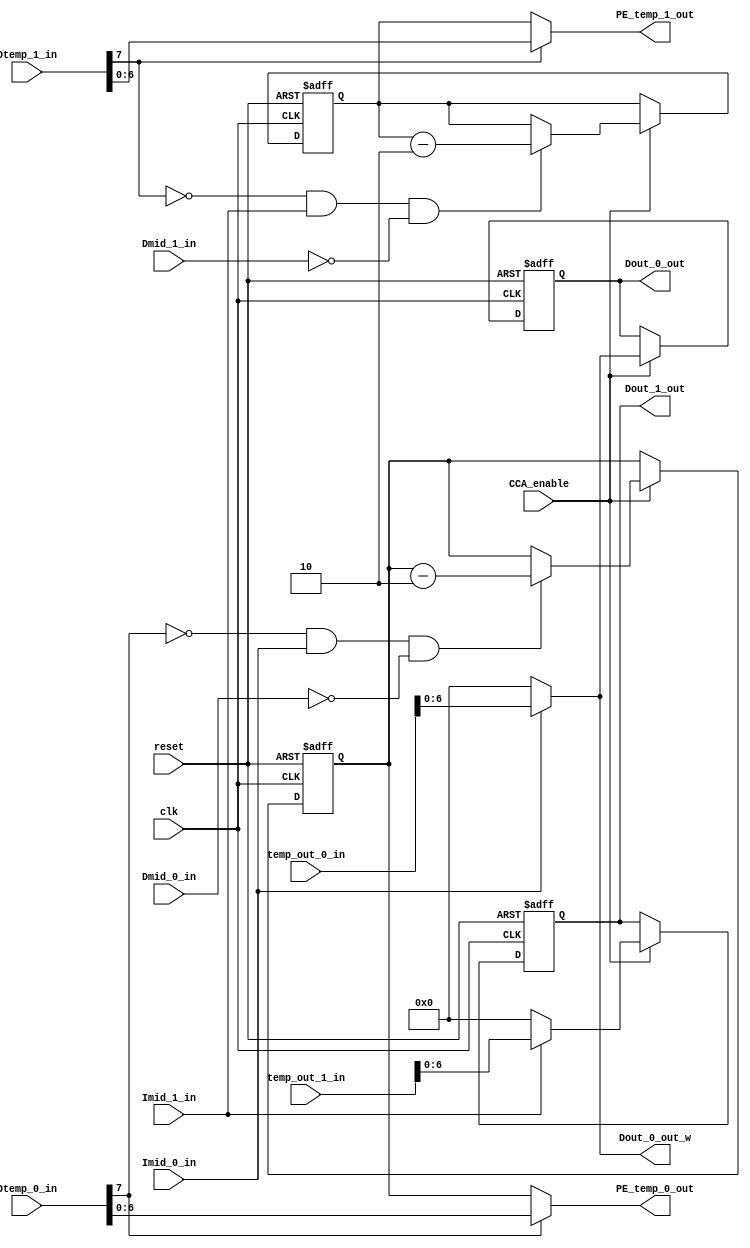
module CCA(clk, reset, 
           Imid_0_in, Imid_1_in, //segmentation in
           Dmid_0_in, Dmid_1_in, Dtemp_0_in, //data in (7 bits)
           Dout_0_out, //OUTPUT
           PE_temp_0_out, temp_out_0_in, Dtemp_1_in, //aluhjp
           Dout_1_out, //OUTPUT
           PE_temp_1_out, temp_out_1_in, Dout_0_out_w, //aluhjp
           CCA_enable);
   input             clk, reset;
   input             CCA_enable;
   input    [15:0]   Dtemp_0_in;
   input             Imid_0_in, Imid_1_in;
   
   //input    [6:0]    PE_temp_0_out;
   input    [15:0]   temp_out_0_in;
   input    [15:0]   Dtemp_1_in;
   input    [6:0]    Dmid_0_in, Dmid_1_in;
   
   //input    [6:0]    PE_temp_1_out;
   input    [15:0]   temp_out_1_in;
   
   output   [6:0]    Dout_0_out_w, Dout_0_out, Dout_1_out;
   output   [6:0]    PE_temp_0_out, PE_temp_1_out;
/*   input             Iup, Ileft, Imid;
   input    [6:0]    Dup, Dleft, Dmid;
   input    [15:0]   Dtemp_in, temp_out_in;
   output   [6:0]    Dout;
   output   [6:0]    PE_temp_out;
*/   
   
   wire     [15:0]   Dtemp_0_w;
   wire     [6:0]    PE_temp_0_w;
   wire     [6:0]    PE_Count_0_w;
   wire     [15:0]   temp_out_0_w;
   wire     [6:0]    Dout_0_w;
   wire     [15:0]   Dtemp_1_w;
   wire     [6:0]    PE_temp_1_w;
   wire     [15:0]   temp_out_1_w;
   wire     [6:0]    Dout_1_w;
   wire     [6:0]    PE_Count_1_w;
   
   //reg               Iup_r, Ileft_r, Imid_r;
   //reg      [6:0]    Dup_r, Dleft_r, Dmid_r;
   reg      [6:0]    Dout_0_r, Dout_1_r;
   reg      [6:0]    PE_Count_0_r, PE_Count_1_r;
   
   
   
   
   assign Dout_0_out = Dout_0_r;
   assign Dout_1_out = Dout_1_r;
   assign PE_Count_0_w = (Dtemp_0_w[7] == 1'b0 && Imid_0_in == 1'b1 && Dmid_0_in == 7'd0) ? PE_Count_0_r - 7'd2 : PE_Count_0_r;
   assign PE_Count_1_w = (Dtemp_1_w[7] == 1'b0 && Imid_1_in == 1'b1 && Dmid_1_in == 7'd0) ? PE_Count_1_r - 7'd2 : PE_Count_1_r;
   assign PE_temp_0_w = (Dtemp_0_w[7] == 1'b1) ? Dtemp_0_w[6:0] : PE_Count_0_r;
   assign Dout_0_w = (Imid_0_in == 1'b1)? temp_out_0_w[6:0] : 6'd0;
   assign temp_out_0_w = temp_out_0_in;
   assign Dtemp_0_w = Dtemp_0_in;
   assign PE_temp_0_out = PE_temp_0_w;
   assign PE_temp_1_out = PE_temp_1_w;
   
   assign PE_temp_1_w = (Dtemp_1_w[7] == 1'b1) ? Dtemp_1_w[6:0] : PE_Count_1_r;
   assign Dout_1_w = (Imid_1_in == 1'b1)? temp_out_1_w[6:0] : 6'd0;
   assign temp_out_1_w = temp_out_1_in;
   assign Dtemp_1_w = Dtemp_1_in;
   assign Dout_0_out_w = Dout_0_w;
   
/*    //ALUkN
   ALU a0(.clk(clk), 
          .reset(reset), 
          .data_1_in({Iup_r, Dup_r}), 
          .data_2_in({Ileft_r, Dleft_r}), 
          .input_select(1'b0), 
          .selector(4'd9), 
          .data_out(Dtemp_w), 
          .ALU_enable(CCA_enable)
          );
          
   ALU a1(.clk(clk), 
          .reset(reset), 
          .data_1_in({1'b0, Dmid_r}), 
          .data_2_in({1'b0, PE_temp_w}), 
          .input_select(1'b0), 
          .selector(4'd9), 
          .data_out(temp_out_w), 
          .ALU_enable(CCA_enable)
          );       
*/   
//   wire gclk = clk & CCA_enable;
   always@(posedge clk or posedge reset)
   begin
      if(reset)
      begin
         Dout_0_r <= 7'd0;
         Dout_1_r <= 7'd0;
         PE_Count_0_r <= 7'd127;
         PE_Count_1_r <= 7'd126;
      end
      else if(CCA_enable)
      begin
         Dout_0_r <= Dout_0_w;
         Dout_1_r <= Dout_1_w;
         PE_Count_0_r <= PE_Count_0_w;
         PE_Count_1_r <= PE_Count_1_w;
      end
   
   end




endmodule